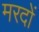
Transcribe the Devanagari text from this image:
मरदों